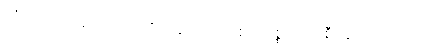
တံဟောဂဝိနာသံ၊ ထိုတိုင်းနိုင်ငံစည်းစိမ် ဥစ္စာပျက်စီးခြင်းကို။ ရညော၊